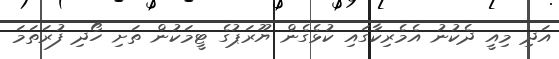
އަދި މިއީ ދެކުނު އެމެރިކާގައި ކުޅެގެން ޔޫރަޕުގެ ޓީމަކުން ތަށި ހޯދި ފުރަތަމަ